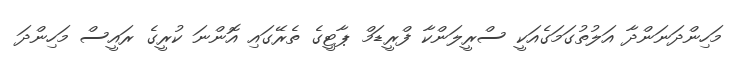
މަހިންދަނަންދާ އަލުތުގަމަގެއަކީ ސްރީލަންކާ ފްރީޑަމް ޕާޓީގެ ތެރޭގައި އޮންނަ ކުރީގެ ރައީސް މަހިންދަ